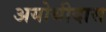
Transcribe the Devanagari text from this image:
अयोथीदास